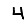
Digit: 4